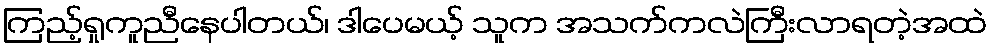
ကြည့်ရှုကူညီနေပါတယ်၊ ဒါပေမယ့် သူက အသက်ကလဲကြီးလာရတဲ့အထဲ